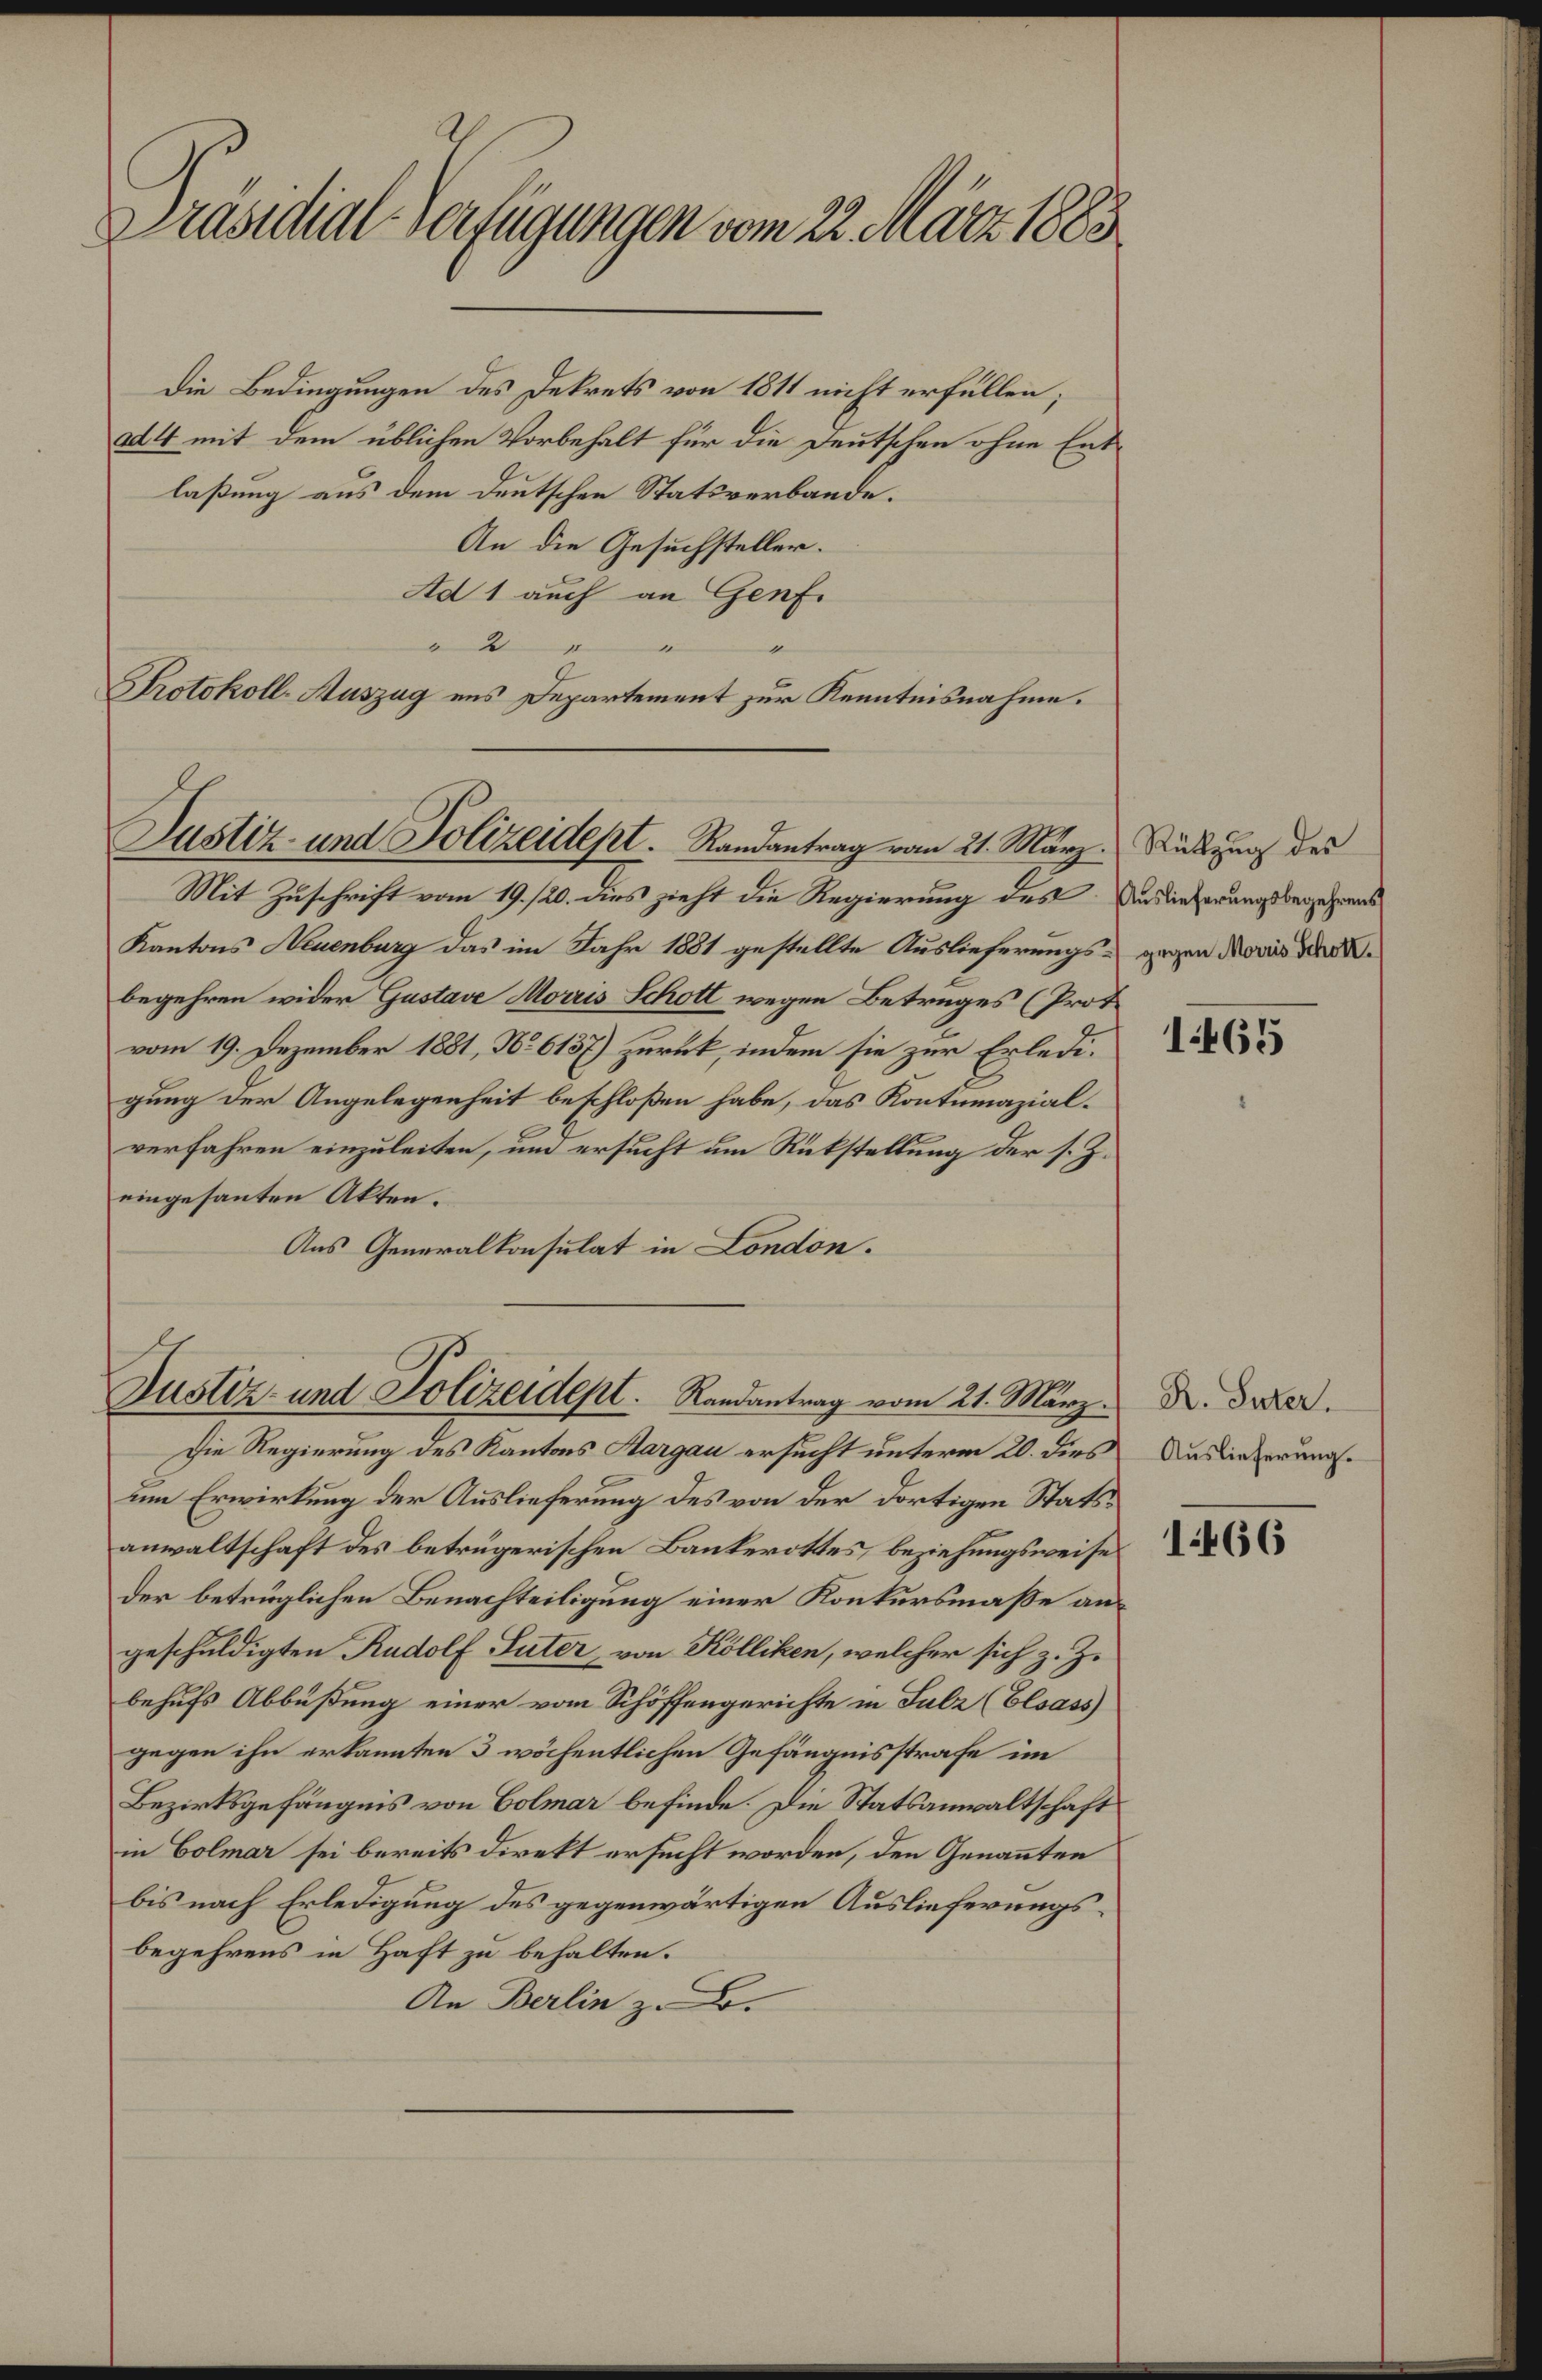
Präsidial-Verfügungen vom 22. März 1883.
die Bedingungen des Dekrets von 1811 nicht erfüllen;
ad 4 mit dem üblichen Vorbehalt für die Deutschen ohne Ent¬
laßung aus dem deutschen Statsverbande.
An die Gesuchsteller.
Ad 1 auch an Genf.
" 2 " " "
Protokoll-Auszug ans Departement zur Kenntnisnahme.
Rükzug des
Auslieferungsbegehrens
gegen Morris Schott.
1465
Justiz- und Polizeidept. Randantrag vom 21. März.
Mit Zuschrift vom 19./20. dies zieht die Regierung des
Kantons Neuenburg das im Jahr 1881 gestellte Auslieferungs¬
begehren wider Gustave Morris Schott wegen Betruges (Prot.
vom 19. Dezember 1881, No 6137) zurük, indem sie zur Erledi¬
gung der Angelegenheit beschloßen habe, das Kontumazial¬
verfahren einzuleiten, und ersucht um Rükstellung der s. Z.
eingesanten Akten.
Ans Generalkonsulat in London.
R. Suter.
Auslieferung.
1466
Justiz- und Polizeidept. Randantrag vom 21. März.
Die Regierung des Kantons Aargau ersucht unterm 20. dies
um Erwirkung der Auslieferung des von der dortigen Stats¬
anwaltschaft des betrügerischen Bankerottes, beziehungsweise
der betrüglichen Benachteiligung einer Konkursmasse an¬
geschuldigten Rudolf Suter, von Kölliken, welcher sich z. Z.
behufs Abbüßung einer vom Schöffengerichte in Sulz (Elsass)
gegen ihn erkannten 3 wöchentlichen Gefängnisstrafe im
Bezirksgefängnis von Colmar befinde. Die Statsanwaltschaft
in Colmar sei bereits direkt ersucht worden, den Genan̄ten
bis nach Erledigung des gegenwärtigen Auslieferungs¬
begehrens in Haft zu behalten.
An Berlin z. B.